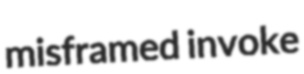
misframed invoke